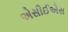
એસીઈએસ